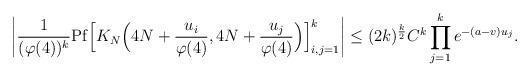
LaTeX: \begin{align*} \left| \frac{1}{(\varphi(4))^k} \mathrm{Pf} \Big[ K_{N}\Big(4N+\frac{u_i}{\varphi(4)}, 4N+\frac{u_j}{\varphi(4)}\Big) \Big]_{i,j = 1}^{k} \right| \leq (2k)^{\frac{k}{2}} C^{k} \prod_{j=1}^{k} e^{-(a-v)u_{j}}. \end{align*}